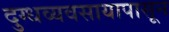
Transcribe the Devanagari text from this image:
दुग्धव्यवसायापासून